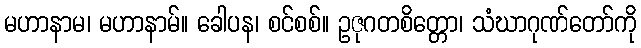
မဟာနာမ၊ မဟာနာမ်။ ခေါပန၊ စင်စစ်။ ဥဇုဂတစိတ္တော၊ သံဃာဂုဏ်တော်ကို